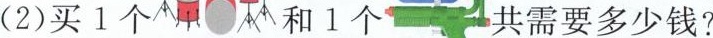
(2)买1个 和1个 共需要多少钱?